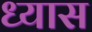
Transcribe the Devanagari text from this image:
ध्‍यास